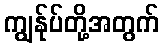
ကျွန်ုပ်တို့အတွက်